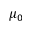
\mu _ { 0 }